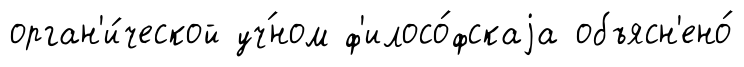
орган'и́ческой уч́ном ф'илосо́фскаjа объясн'ено́